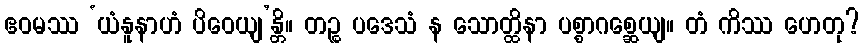
ဧဝမဿ ‘ယံနူနာဟံ ပိဝေယျ’န္တိ။ တဉ္စ ပဒေသံ န သောတ္ထိနာ ပစ္စာဂစ္ဆေယျ။ တံ ကိဿ ဟေတု?